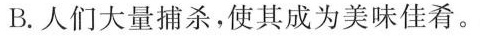
B.人们大量捕杀，使其成为美味佳肴。